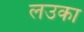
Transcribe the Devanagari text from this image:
लउका